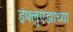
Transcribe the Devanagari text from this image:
इंफ्लुएंझाच्या